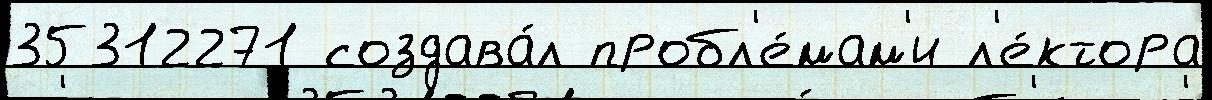
35312271 создава́л пробл'е́мам'и л'е́ктора